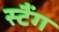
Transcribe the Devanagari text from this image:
स्टैंग